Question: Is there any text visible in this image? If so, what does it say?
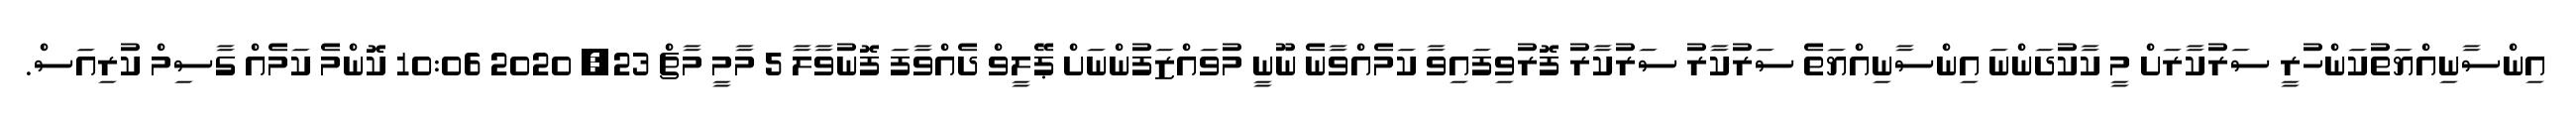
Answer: އިންސާނިއްޔަތުކަންހުރީ ސަރުކާރަށް މީ ކާކުދަންނަ އިންސާނިއްޔަތެ ސަރުކާރު ސަރުކާރު ފޮރުވިފައިވާ ކަމެއްވާނެ ނޫނީ މުވައްޒަފުންނަށް ޕޭލީވް ދެއްވާފަ ފޮނުވާލާ 5 މާމީ މާޗް 23, 2020 10:06 ކޮންމެ ކަމެއް ގާސިމް ކުރިއަސް.